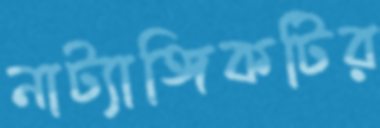
নাট্যাঙ্গিকটির